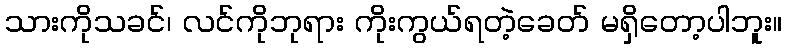
သားကိုသခင်၊ လင်ကိုဘုရား ကိုးကွယ်ရတဲ့ခေတ် မရှိတော့ပါဘူး။